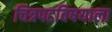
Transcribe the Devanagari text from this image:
चित्रपटविषयाला